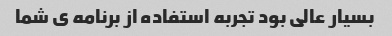
بسیار عالی بود تجربه استفاده از برنامه ی شما